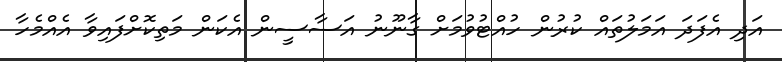
އަދި އެފަދަ އަމަލުތައް ކުރުން ހުއްޓުވުމަށް ގާނޫނު އަސާސީން އެކަން މަތިކޮށްފައިވާ އެއްމެހާ